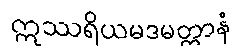
ဣဿရိယမဒမတ္တာနံ